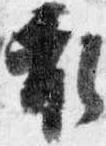
衣